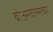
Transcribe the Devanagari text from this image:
बोअरवेल्सच्या